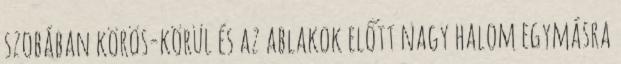
szobában körös-körül és az ablakok előtt nagy halom egymásra